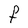
Character: F